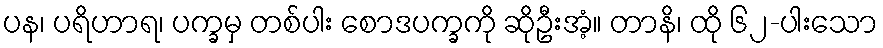
ပန၊ ပရိဟာရ၊ ပက္ခမှ တစ်ပါး စောဒပက္ခကို ဆိုဦးအံ့။ တာနိ၊ ထို ၆၂-ပါးသော